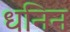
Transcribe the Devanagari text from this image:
धनिन